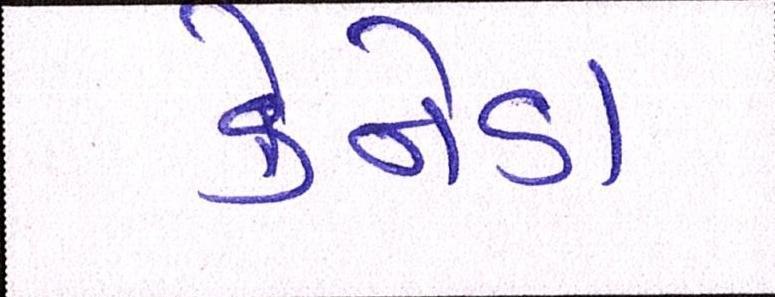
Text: કેનેડા